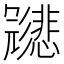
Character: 𱝩